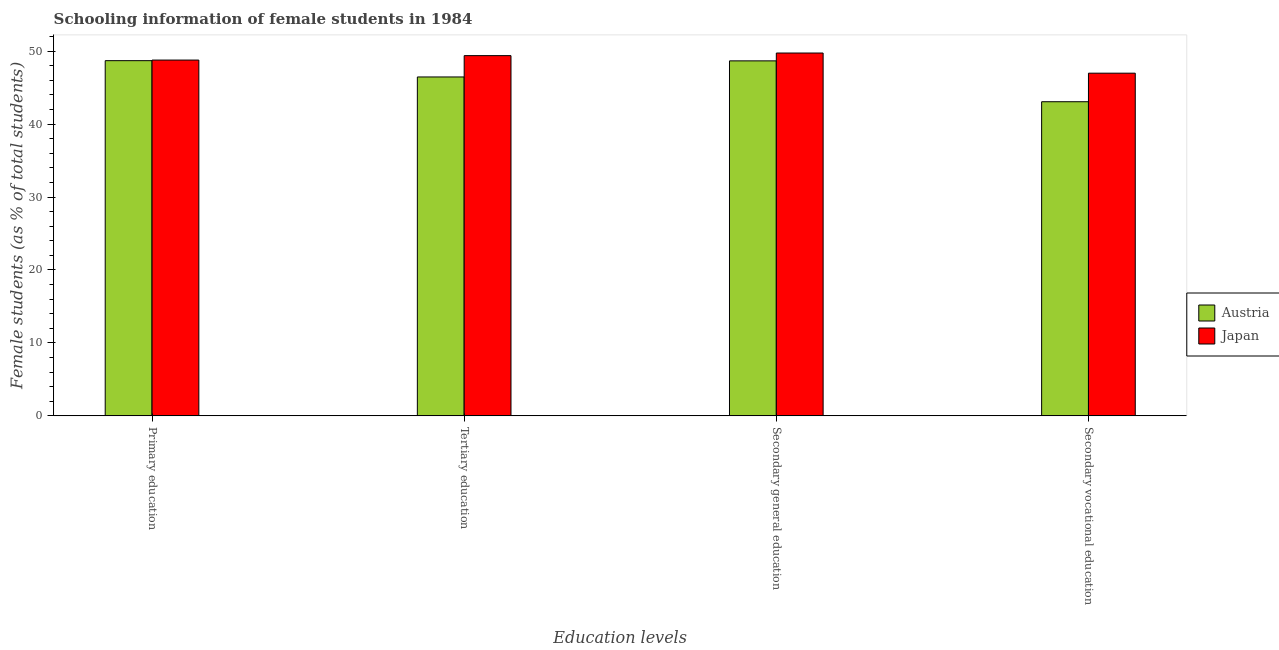
| Education levels | Austria | Japan |
 | --- | --- | --- |
 | Primary education | 48.7 | 48.8 |
 | Tertiary education | 46.5 | 49.4 |
 | Secondary general education | 48.7 | 49.7 |
 | Secondary vocational education | 43.1 | 47 |